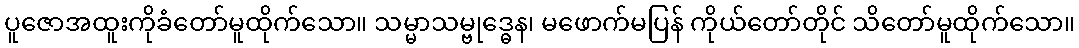
ပူဇောအထူးကိုခံတော်မူထိုက်သော။ သမ္မာသမ္ဗုဒ္ဓေန၊ မဖောက်မပြန် ကိုယ်တော်တိုင် သိတော်မူထိုက်သော။